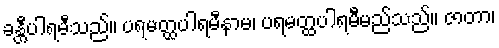
ခန္တီပါရမီသည်။ ပရမတ္ထပါရမီနာမ၊ ပရမတ္ထပါရမီမည်သည်။ ဇာတာ၊